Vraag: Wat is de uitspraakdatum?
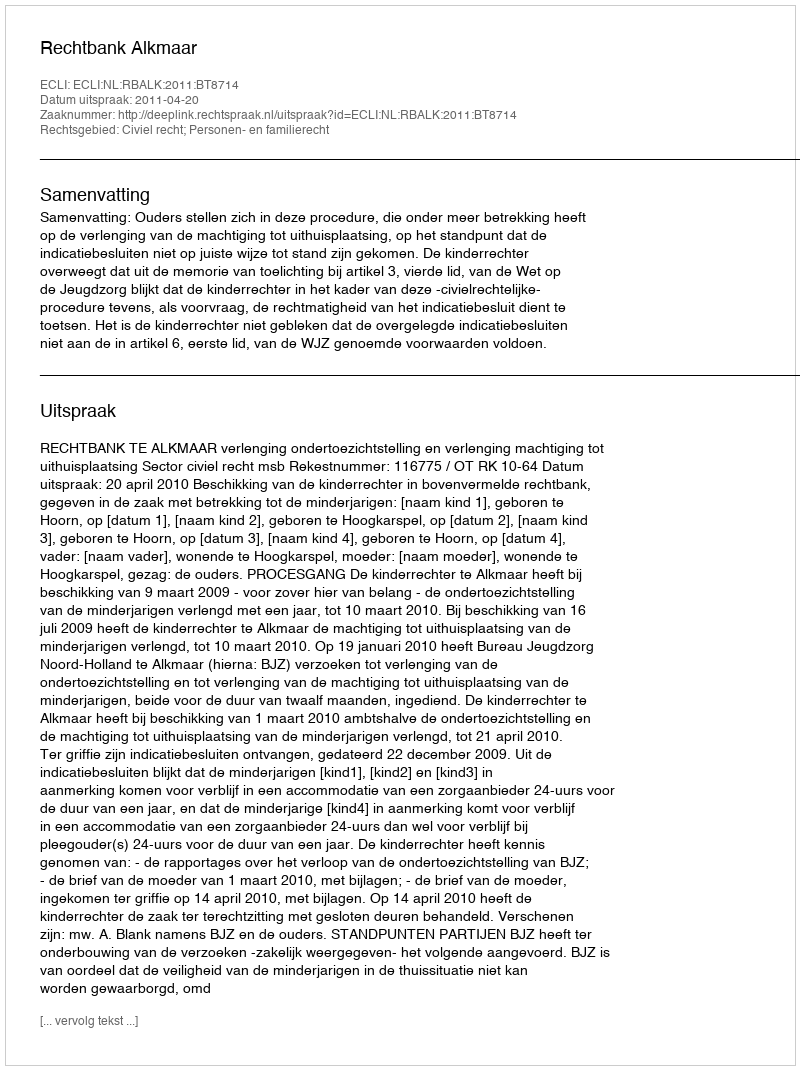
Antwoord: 2011-04-20